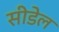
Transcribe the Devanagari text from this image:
सीडेल